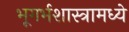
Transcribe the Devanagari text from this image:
भूगर्भशास्त्रामध्ये